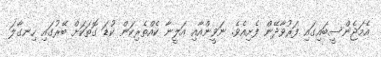
އެމަޖެންސީބައިގައި ފަރުވާދޭން ފެށިއެވެ. ނަވީންއާއި އަލީނާ ކެއްތެރިކަން ކުޑަ ގޮތަކަށް ބޭރުގައި ހިނގާލަ